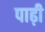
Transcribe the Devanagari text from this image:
पाढ़ी